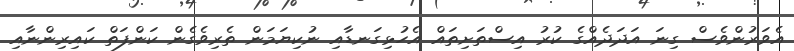
އެވަރުންވެސް ގިނަ އަދަދެއްގެ ކުރު އިސްތަށިތައް އެހުޅިގަނޑާއި ނުކިޔަމަން ތެރިވެގެން ކަންފަތް ކައިރިންނާއި